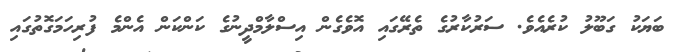
ބަޔަކު ގަބޫލު ކުރެއެވެ. ސަރުކާރުގެ ތެރޭގައި އޮވެގެން އިސްލާމްދީނުގެ ކަންކަން އެންމެ ފުރިހަމަގޮތުގައި